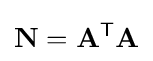
\mathbf {N} =\mathbf {A} ^{\mathsf {T}}\mathbf {A}